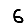
Digit: 6